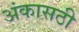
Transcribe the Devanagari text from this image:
अंकासठी